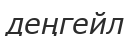
деңгейл